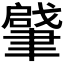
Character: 𦘥